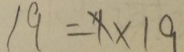
1 9 = x \times 1 9